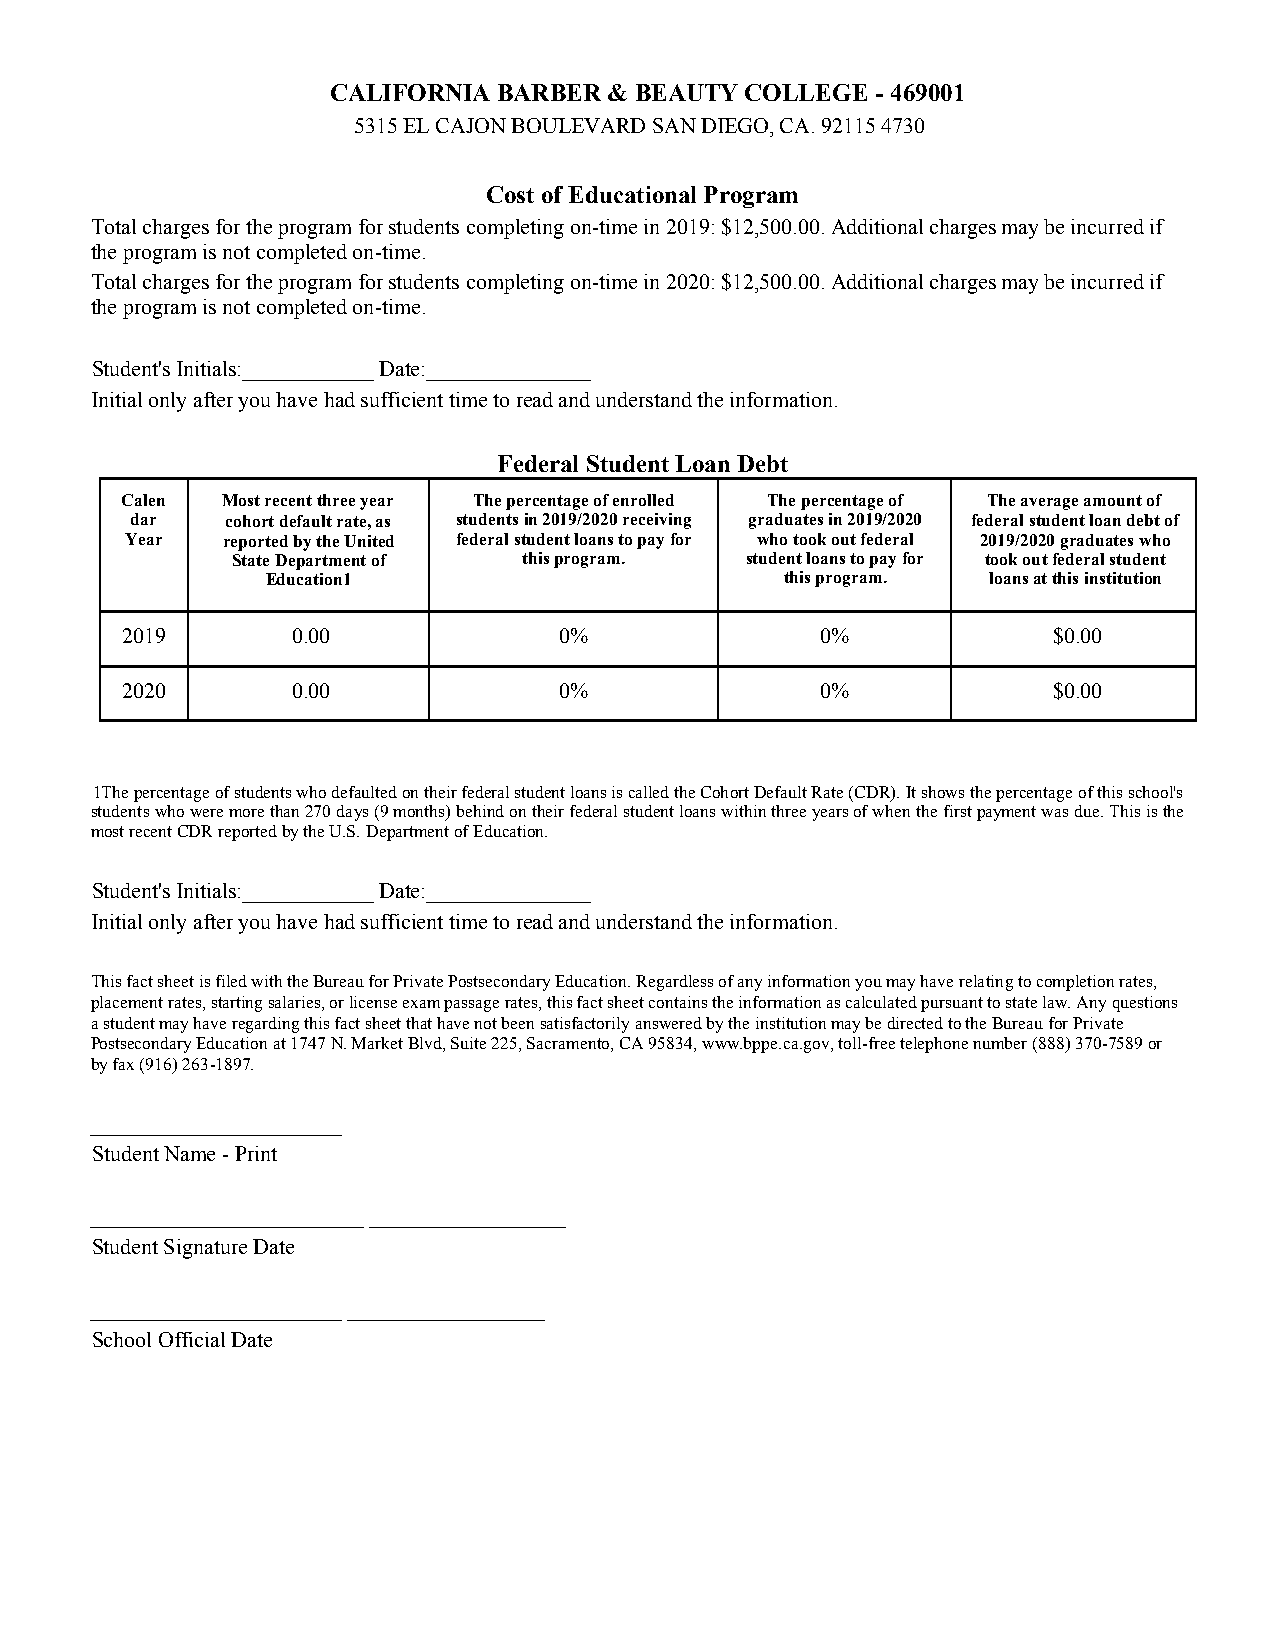
CALIFORNIA BARBER & BEAUTY COLLEGE  - 469001
 5315 EL CAJON BOULEVARD SAN DIEGO, CA. 92115 4730
 Cost of Educational Program
 Total charges for the program for students completing on-time in 2019: $12,500.00. Additional charges may be incurred if
 the program is not completed on-time.
 Total charges for the program for students completing on-time in 2020: $12,500.00. Additional charges may be incurred if
 the program is not completed on-time.
 Student's Initials:____________ Date:_______________
 Initial only after you have had sufficient time to read and understand the information.
 Federal Student Loan Debt
 Calen  Most recent three year The percentage of enrolled The percentage of The average amount of
 dar   cohort default rate, as students in 2019/2020 receiving graduates in 2019/2020 federal student loan debt of
 Year   reported by the United federal student loans to pay for who took out federal 2019/2020 graduates who
 State Department of this program. student loans to pay for took out federal student
 Education1                        this program. loans at this institution
 2019       0.00              0%               0%              $0.00
 2020       0.00              0%               0%              $0.00
 1The percentage of students who defaulted on their federal student loans is called the Cohort Default Rate (CDR). It shows the percentage of this school's
 students who were more than 270 days (9 months) behind on their federal student loans within three years of when the first payment was due. This is the
 most recent CDR reported by the U.S. Department of Education.
 Student's Initials:____________ Date:_______________
 Initial only after you have had sufficient time to read and understand the information.
 This fact sheet is filed with the Bureau for Private Postsecondary Education. Regardless of any information you may have relating to completion rates,
 placement rates, starting salaries, or license exam passage rates, this fact sheet contains the information as calculated pursuant to state law. Any questions
 a student may have regarding this fact sheet that have not been satisfactorily answered by the institution may be directed to the Bureau for Private
 Postsecondary Education at 1747 N. Market Blvd, Suite 225, Sacramento, CA 95834, www.bppe.ca.gov, toll-free telephone number (888) 370-7589 or
 by fax (916) 263-1897.
 _______________________
 Student Name - Print
 _________________________ __________________
 Student Signature Date
 _______________________ __________________
 School Official Date